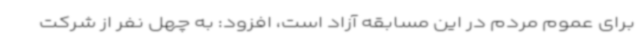
برای عموم مردم در این مسابقه آزاد است، افزود: به چهل نفر از شرکت‌